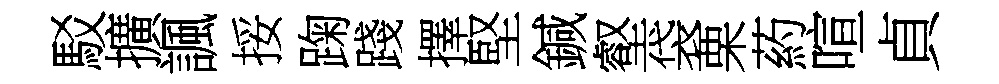
駁擴諷挼踘踐擇堅鍼壑袋栗葯喧貞